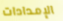
الإمدادات